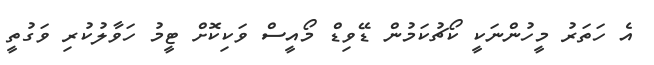
އެ ހަތަރު މީހުންނަކީ ކޯޗުކަމުން ޑޭވިޑް މޯއީސް ވަކިކޮށް ޓީމު ހަވާލުކުރި ވަގުތީ